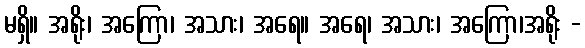
မရှိ။ အရိုး၊ အကြော၊ အသား၊ အရေ။ အရေ၊ အသား၊ အကြော၊အရိုး -